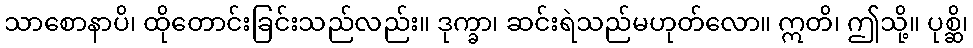
သာစောနာပိ၊ ထိုတောင်းခြင်းသည်လည်း။ ဒုက္ခာ၊ ဆင်းရဲသည်မဟုတ်လော။ ဣတိ၊ ဤသို့။ ပုစ္ဆိ၊